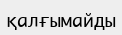
қалғымайды